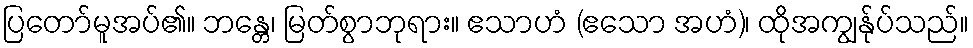
ပြတော်မူအပ်၏။ ဘန္တေ၊ မြတ်စွာဘုရား။ ဧသာဟံ (ဧသော အဟံ)၊ ထိုအကျွန်ုပ်သည်။